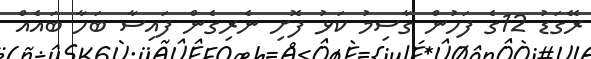
ރޭގަޑު 12ގެ ފަހުން ގާސިމު ކަޅު ފޮށި ނެރިގެން ފައިސާ ބަހާ ބައެއް